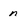
Character: n